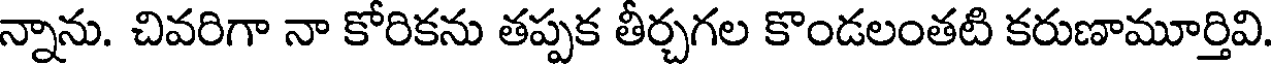
న్నాను. చివరిగా నా కోరికను తప్పక తీర్చగల కొండలంతటి కరుణామూర్తివి.